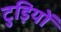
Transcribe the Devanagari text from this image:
टुड़ियों